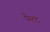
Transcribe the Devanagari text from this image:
पेल्ट